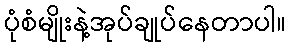
ပုံစံမျိုးနဲ့အုပ်ချုပ်နေတာပါ။